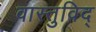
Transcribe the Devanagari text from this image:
वास्‍तुविद्